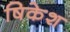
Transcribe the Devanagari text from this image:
षिकेश